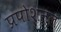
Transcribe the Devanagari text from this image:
प्रपोशनल